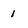
Character: 1